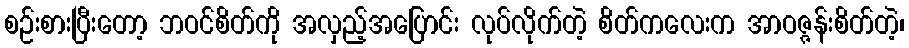
စဉ်းစားပြီးတော့ ဘဝင်စိတ်ကို အလှည့်အပြောင်း လုပ်လိုက်တဲ့ စိတ်ကလေးက အာဝဇ္ဇန်းစိတ်တဲ့၊